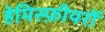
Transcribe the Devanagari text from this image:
हेमिस्फ़ीयरों